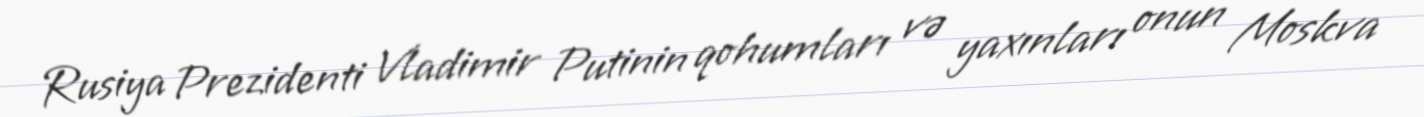
Rusiya Prezidenti Vladimir Putinin qohumları və yaxınları onun Moskva